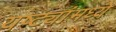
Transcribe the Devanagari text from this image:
यष्ट्यांमध्ये